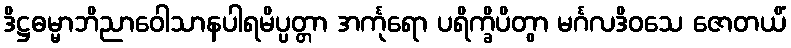
ဒိဋ္ဌဓမ္မာဘိညာဝေါသာနပါရမိပ္ပတ္တာ အင်္ကုရော ပရိက္ခိပိတွာ မင်္ဂလဒိဝသေ ဇောတယိံ